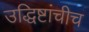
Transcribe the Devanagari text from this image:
उद्धिष्टांचीच